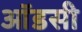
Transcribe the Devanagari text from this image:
ऑडसी